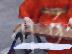
বার্ড